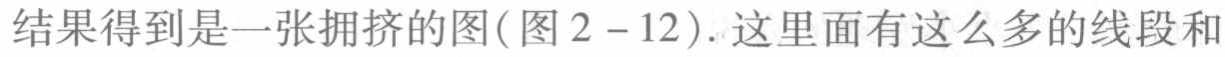
结果得到是一张拥挤的图(图2 - 12). 这里面有这么多的线段和